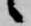
候